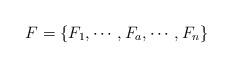
LaTeX: \begin{align*}F=\{F_1, \cdots, F_a, \cdots,F_{n}\}\end{align*}